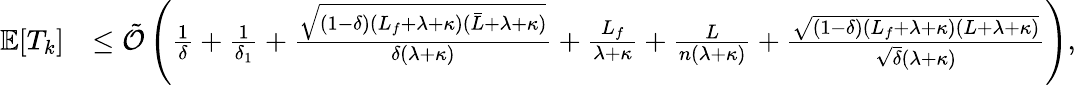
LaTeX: \begin{array}{rl}{\mathbb{E}[T_{k}]}&{\leq{\tilde{\cal O}}\left(\frac{1}{\delta}+\frac{1}{\delta_{1}}+\frac{\sqrt{(1-\delta)(L_{f}+\lambda+\kappa)({\bar{L}}+\lambda+\kappa)}}{\delta(\lambda+\kappa)}+\frac{L_{f}}{\lambda+\kappa}+\frac{L}{n(\lambda+\kappa)}+\frac{\sqrt{(1-\delta)(L_{f}+\lambda+\kappa)(L+\lambda+\kappa)}}{\sqrt{\delta}(\lambda+\kappa)}\right),}\end{array}